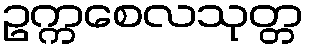
ဥက္ကစေလသုတ္တ